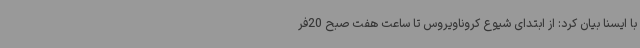
با ایسنا بیان کرد: از ابتدای شیوع کروناویروس تا ساعت هفت صبح 20فر